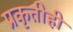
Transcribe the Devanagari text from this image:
प्रकृतीही